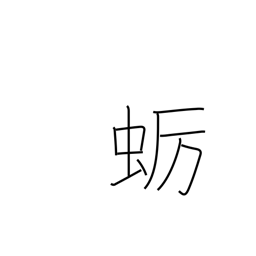
Meaning: oyster